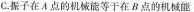
C.振子在A点的机械能等于在B点的机械能